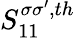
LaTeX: S_{11}^{\sigma\sigma^{\prime},th}